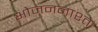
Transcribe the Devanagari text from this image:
भोजननाश्ते